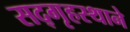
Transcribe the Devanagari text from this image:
सद्‌गृहस्थाने